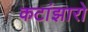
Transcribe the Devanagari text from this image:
कटांझारो